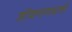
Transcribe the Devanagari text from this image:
जीवनामधली